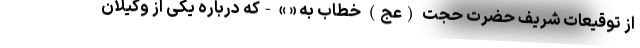
از توقیعات شریف حضرت حجت (عج) خطاب به « » -که درباره یکی از وکیلان